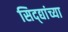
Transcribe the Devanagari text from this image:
सिद्द्यांच्या